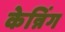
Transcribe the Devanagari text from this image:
केन्निंग